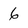
Character: 6